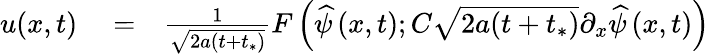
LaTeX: \begin{array}{rlr}{u(x,t)}&{{}=}&{\frac{1}{\sqrt{2a(t+t_{*})}}F\left(\widehat{\psi}\left(x,t\right);C\sqrt{2a(t+t_{*})}\partial_{x}\widehat{\psi}\left(x,t\right)\right)}\end{array}